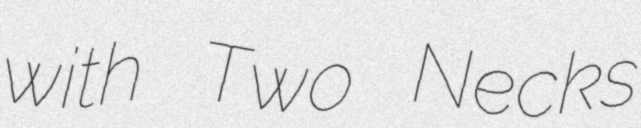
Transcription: with Two Necks